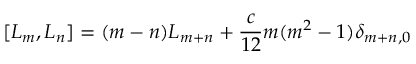
[ L _ { m } , L _ { n } ] = ( m - n ) L _ { m + n } + \frac { c } { 1 2 } m ( m ^ { 2 } - 1 ) \delta _ { m + n , 0 }